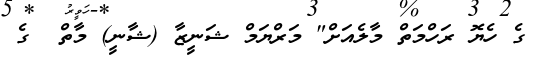
ގެ ހެޔޮ ރަހްމަތް މާލެއަށް" މަރްޔަމް ޝަނީޒާ (ޝާނީ) މާތް  ގެ